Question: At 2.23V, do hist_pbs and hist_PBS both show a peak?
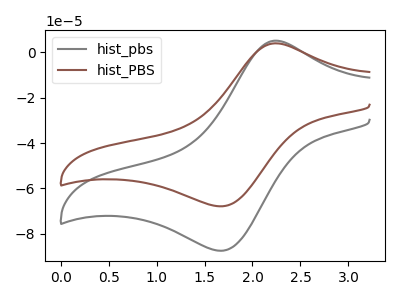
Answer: <think>The gray curve "hist_pbs" has an anodic peak at (2.25V, 5.20uA) and a cathodic peak at (1.70V, -87.45uA). The brown curve "hist_PBS" has an anodic peak at (2.25V, 4.00uA) and a cathodic peak at (1.70V, -67.85uA).</think>
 <answer>Yes, "hist_pbs" and "hist_PBS" share a peak at 2.23V.</answer>
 <eval>match</eval>